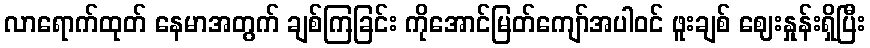
လာရောက်ထုတ် နေမာအတွက် ချစ်ကြခြင်း ကိုအောင်မြတ်ကျော်အပါဝင် ဖူးချစ် ဈေးနှုန်းရှိပြီး